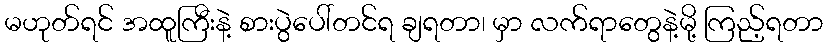
မဟုတ်ရင် အထူကြီးနဲ့ စားပွဲပေါ်တင်ရ ချရတာ၊ မှာ လက်ရာတွေနဲ့မို့ ကြည့်ရတာ